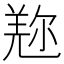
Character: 𠒤